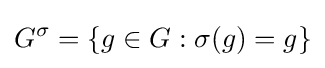
G^{\sigma }=\{g\in G:\sigma (g)=g\}